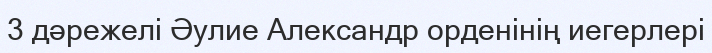
3 дәрежелі Әулие Александр орденінің иегерлері